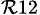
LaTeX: _{\mathcal{R}12}